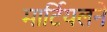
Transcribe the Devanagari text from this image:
मार्टियलने